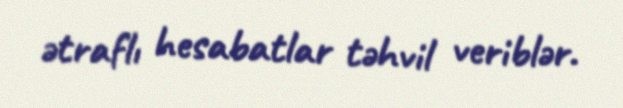
ətraflı hesabatlar təhvil veriblər.